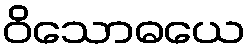
ဝိသောဓယေ